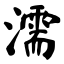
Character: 濡